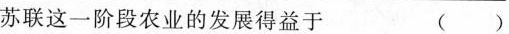
苏联这一阶段农业的发展得益于 ()